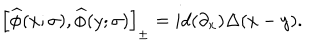
\left[ { \widehat { \phi } ( x ; \sigma ) , \widehat { \phi } ( y ; \sigma ) } \right] _ { \pm } = i d ( \partial _ { x } ) \Delta ( x - y ) .